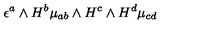
\epsilon ^ { a } \wedge H ^ { b } \mu _ { a b } \wedge H ^ { c } \wedge H ^ { d } \mu _ { c d }